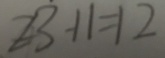
2 3 - 1 1 = 1 2